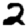
Digit: 2